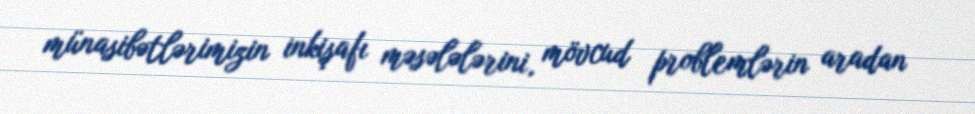
münasibətlərimizin inkişafı məsələlərini, mövcud problemlərin aradan